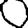
Digit: 0